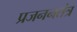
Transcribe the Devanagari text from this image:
प्रजननतंत्र